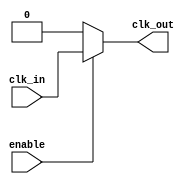
module clk_buffer (
    input wire clk_in,       // Single-ended clock input
    output wire clk_out,     // Buffered clock output
    input wire enable        // Optional enable signal for gating the output
);

// Internal signals
wire clk_buf;

// Buffer implementation using a simple inverter-based buffer for demonstration
// In a real design, you might want to use specific technology library cells
assign clk_buf = clk_in; // Direct connection for demonstration purposes

// Enable logic
assign clk_out = enable ? clk_buf : 1'b0; // Output is gated by enable

endmodule